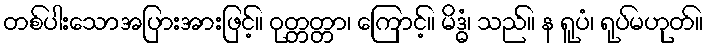
တစ်ပါးသောအပြားအားဖြင့်။ ဝုတ္တတ္တာ၊ ကြောင့်။ မိဒ္ဓံ၊ သည်။ န ရူပံ၊ ရုပ်မဟုတ်။